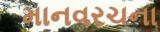
માનવરચના